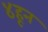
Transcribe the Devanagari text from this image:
४हून